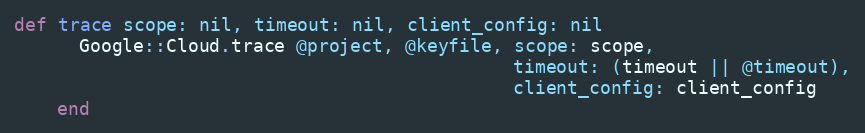
Language: Ruby
def trace scope: nil, timeout: nil, client_config: nil
      Google::Cloud.trace @project, @keyfile, scope: scope,
                                              timeout: (timeout || @timeout),
                                              client_config: client_config
    end